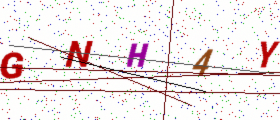
Text: GNH4Y